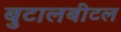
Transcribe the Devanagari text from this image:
बुटालबीटल